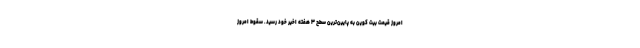
امروز قیمت بیت کوین به پایین‌ترین سطح ۳ هفته اخیر خود رسید. سقوط امروز